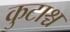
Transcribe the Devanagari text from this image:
कुटाश्च